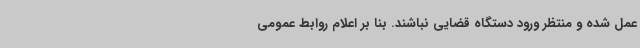
عمل شده و منتظر ورود دستگاه قضایی نباشند. بنا بر اعلام روابط عمومی